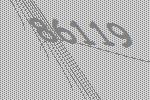
86119